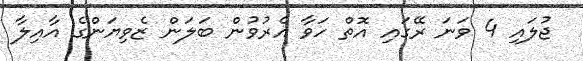
ޖުލައި 4 ވަނަ ރޭގައި އޮތް ހަވާ އެރުވުން ބަލަން ޒެވިޔަންގެ އާއިލާ